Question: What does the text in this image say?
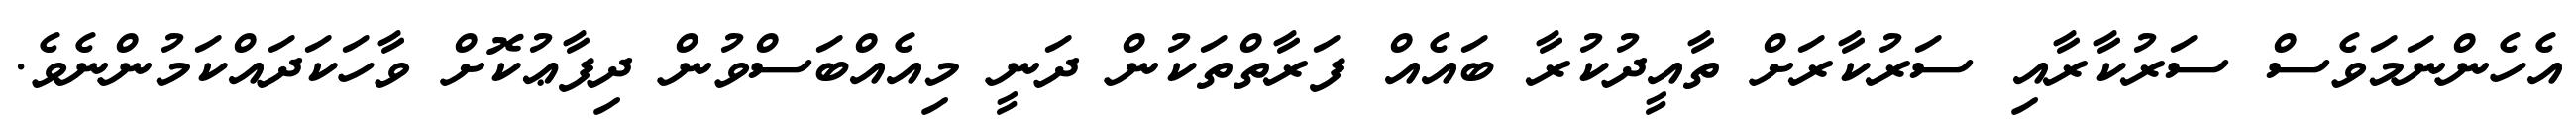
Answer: އެހެންނަމަވެސް ސަރުކާރާއި ސަރުކާރަށް ތާއީދުކުރާ ބައެއް ފަރާތްތަކުން ދަނީ މިއެއްބަސްވުން ދިފާޢުކޮށް ވާހަކަދައްކަމުންނެވެ.